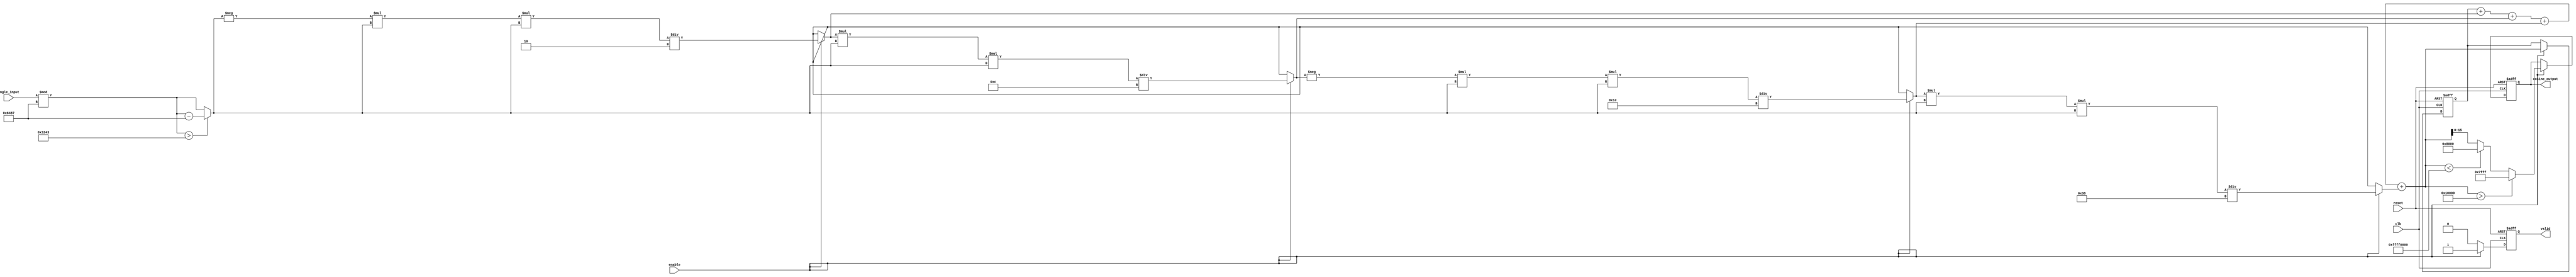
module cosine_block (
    input wire clk,
    input wire reset,
    input wire enable,
    input wire [15:0] angle_input, // Fixed-point representation of angle in radians
    output reg [15:0] cosine_output, // Fixed-point representation of cosine output
    output reg valid // Signal to indicate when output is valid
);

    // Constants for Taylor series expansion
    parameter NUM_TERMS = 5; // Number of terms in Taylor series
    parameter PI = 16'h3243; // Fixed-point representation of  (approximately 3.14159)
    parameter TWO_PI = 16'h6487; // Fixed-point representation of 2 (approximately 6.28318)

    // Internal variables
    reg [15:0] angle_normalized;
    reg [31:0] term; // To hold intermediate terms
    reg [31:0] sum; // To hold the sum of the series
    integer i;

    // Angle normalization
    always @(*) begin
        angle_normalized = angle_input % TWO_PI;
        if (angle_normalized > PI) begin
            angle_normalized = angle_normalized - TWO_PI; // Normalize to [-, ]
        end
    end

    // Compute cosine using Taylor series
    always @(posedge clk or posedge reset) begin
        if (reset) begin
            cosine_output <= 16'h0001; // cos(0) = 1
            sum <= 32'h00000001; // Initialize sum with first term (1)
            valid <= 0;
        end else if (enable) begin
            sum <= 32'h00000001; // Reset sum for new calculation
            term = angle_normalized; // Start with 

            // Compute the Taylor series terms
            for (i = 1; i < NUM_TERMS; i = i + 1) begin
                if (i % 2 == 1) begin
                    term = -term * angle_normalized * angle_normalized / ((2 * i) * (2 * i - 1)); // Odd terms
                end else begin
                    term = term * angle_normalized * angle_normalized / ((2 * i) * (2 * i - 1)); // Even terms
                end
                sum = sum + term; // Add the term to the sum
            end

            // Rounding and saturation
            if (sum > 32'h00010000) begin // Saturate at 1
                cosine_output <= 16'h7FFF; // Max positive value
            end else if (sum < -32'h00010000) begin // Saturate at -1
                cosine_output <= 16'h8000; // Max negative value
            end else begin
                cosine_output <= sum[15:0]; // Take the lower 16 bits
            end

            valid <= 1; // Indicate output is valid
        end else begin
            valid <= 0; // Output is not valid when not enabled
        end
    end
endmodule